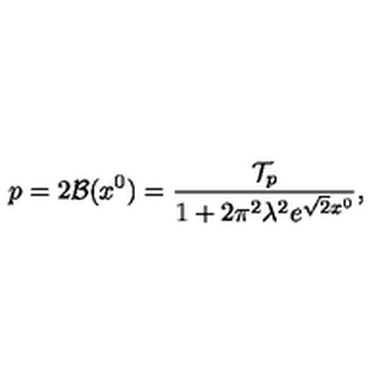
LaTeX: p = 2 { \cal B } ( x ^ { 0 } ) = { \frac { { \cal T } _ { p } } { 1 + 2 \pi ^ { 2 } \lambda ^ { 2 } e ^ { \sqrt { 2 } x ^ { 0 } } } } ,